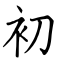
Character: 初